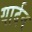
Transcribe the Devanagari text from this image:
यार्दन